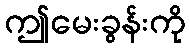
ဤမေးခွန်းကို